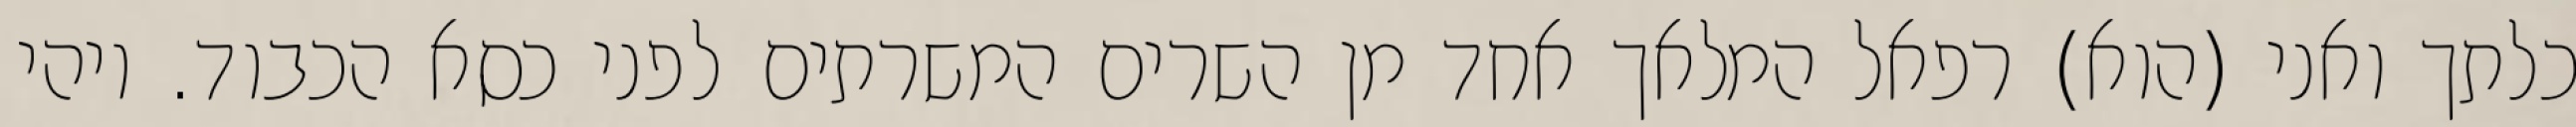
כלתך ואני (הוא) רפאל המלאך אחד מן השרים המשרתים לפני כסא הכבוד. ויהי